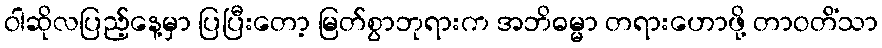
ဝါဆိုလပြည့်နေ့မှာ ပြပြီးတော့ မြတ်စွာဘုရားက အဘိဓမ္မာ တရားဟောဖို့ တာဝတိံသာ